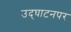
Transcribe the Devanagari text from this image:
उद्‌घाटनपर